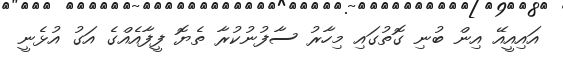
އައިއީއޭ އިން ބުނި ގޮތުގައި މިހާރު ސާފުނުކުރާ ތެޔޮ ފީފާއެއްގެ އަގު އުޅެނީ